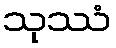
သုဿံ